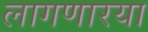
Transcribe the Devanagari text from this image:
लागणारया